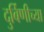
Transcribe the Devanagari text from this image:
दुर्बिणीच्‍या